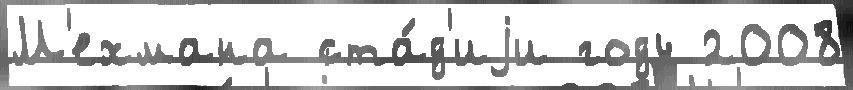
М'ехмана ста́д'иjи году 2008